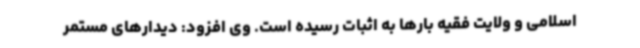
اسلامی و ولایت فقیه بارها به اثبات رسیده است. وی افزود: دیدارهای مستمر